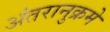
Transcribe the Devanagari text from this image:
अंतरानुक्रमे